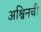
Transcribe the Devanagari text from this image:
अश्विनची